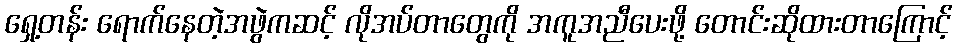
ရှေ့တန်း ရောက်နေတဲ့အဖွဲကဆင့် လိုအပ်တာတွေကို အကူအညီပေးဖို့ တောင်းဆိုထားတာကြောင့်